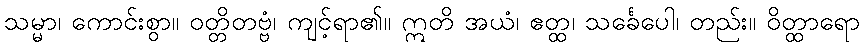
သမ္မာ၊ ကောင်းစွာ။ ဝတ္တိတဗ္ဗံ၊ ကျင့်ရာ၏။ ဣတိ အယံ၊ ဧတ္ထ၊ သင်္ခေပေါ၊ တည်း။ ဝိတ္ထာရော